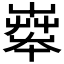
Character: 𡴨